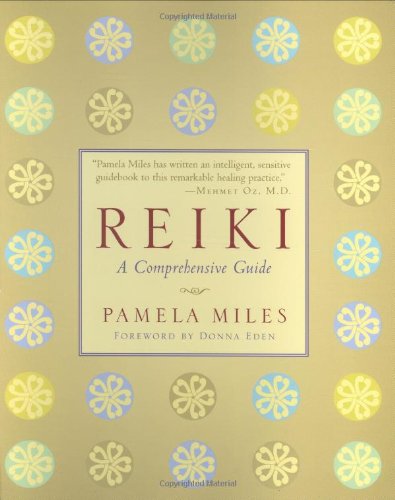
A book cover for Reiki: A Comprehensive Guide; Pamela Miles; Health, Fitness & Dieting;